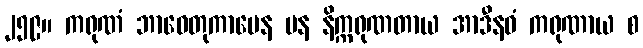
၂၅၉။ ကရုဏံ ဘာဝေတုကာမေန ပန နိက္ကရုဏတာယ အာဒီနဝံ ကရုဏာယ စ